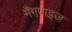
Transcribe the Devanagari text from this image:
मैगपाइज